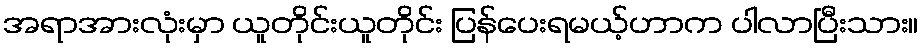
အရာအားလုံးမှာ ယူတိုင်းယူတိုင်း ပြန်ပေးရမယ့်ဟာက ပါလာပြီးသား။